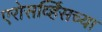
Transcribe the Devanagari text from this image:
एरोसर्व्हिसच्या